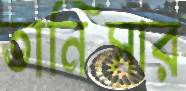
তানিসার